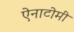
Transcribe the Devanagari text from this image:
ऐनाटोमी